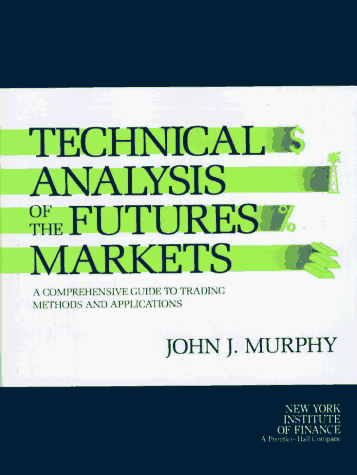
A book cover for Technical Analysis of the Futures Markets: A Comprehensive Guide to Trading Methods and Applications; John J. Murphy; Business & Money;